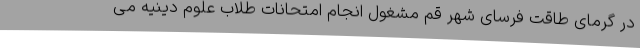
در گرمای طاقت فرسای شهر قم مشغول انجام امتحانات طلاب علوم دینیه می